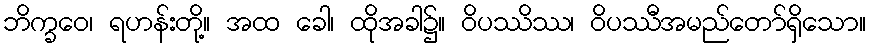
ဘိက္ခဝေ၊ ရဟန်းတို့။ အထ ခေါ၊ ထိုအခါ၌။ ဝိပဿိဿ၊ ဝိပဿီအမည်တော်ရှိသော။